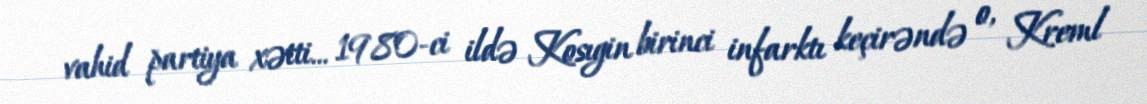
vahid partiya xətti... 1980-ci ildə Kosıgin birinci infarktı keçirəndə o, Kreml